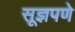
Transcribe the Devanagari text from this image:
सूज्ञपणे